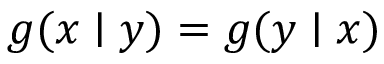
g ( x \mid y ) = g ( y \mid x )